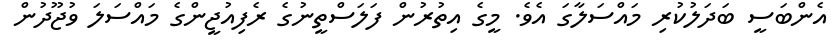
އެންބަސީ ބަދަލުކުރި މައްސަލާގަ އެވެ. މީގެ އިތުރުން ފަލަސްތީނުގެ ރެފިއުޖީންގެ މައްސަލަ ވުޖޫދުން